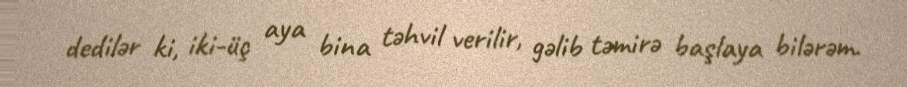
dedilər ki, iki-üç aya bina təhvil verilir, gəlib təmirə başlaya bilərəm.